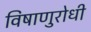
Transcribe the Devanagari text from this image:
विषाणुरोधी